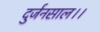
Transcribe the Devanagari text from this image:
दुर्जनसाल।।